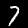
Label: 7